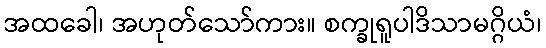
အထခေါ၊ အဟုတ်သော်ကား။ စက္ခုရူပါဒိသာမဂ္ဂိယံ၊